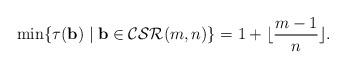
LaTeX: \begin{align*}\min\{\tau(\mathbf{b})\mid \mathbf{b}\in {\rm \mathcal{CSR}}(m,n)\}= 1+ \lfloor \frac{m-1}{n} \rfloor.\end{align*}